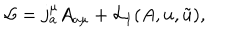
{ \cal L } = j _ { a } ^ { \mu } A _ { a \mu } + { \cal L } _ { 1 } ( A , u , \tilde { u } ) ,